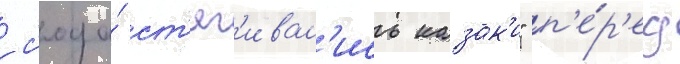
с'юда́ ст'яг'ивал'ись казак'и" п'е́р'ед